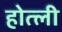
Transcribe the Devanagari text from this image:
होत्ली